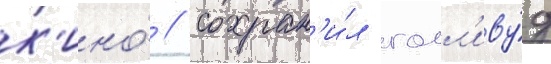
к'ино́ / сохран'и́л голл'иву́д